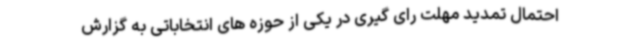
احتمال تمدید مهلت رای گیری در یکی از حوزه های انتخاباتی به گزارش